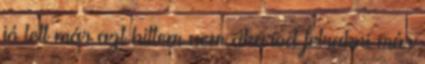
jó lett már azt hittem nem akarod felrakni már